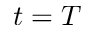
t = T